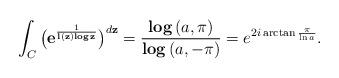
LaTeX: \begin{align*} \int _C\big( \mathbf{e}^{\frac{1}{\mathbf{l}(\mathbf{z})\mathbf{log}\, \mathbf{z}}}\big) ^{d\mathbf{z}}=\frac{\mathbf{log}\, (a,\pi )}{\mathbf{log}\, (a,-\pi )}=e^{2i\arctan \frac{\pi }{\ln a}}. \end{align*}